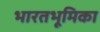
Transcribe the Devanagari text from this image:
भारतभूमिका